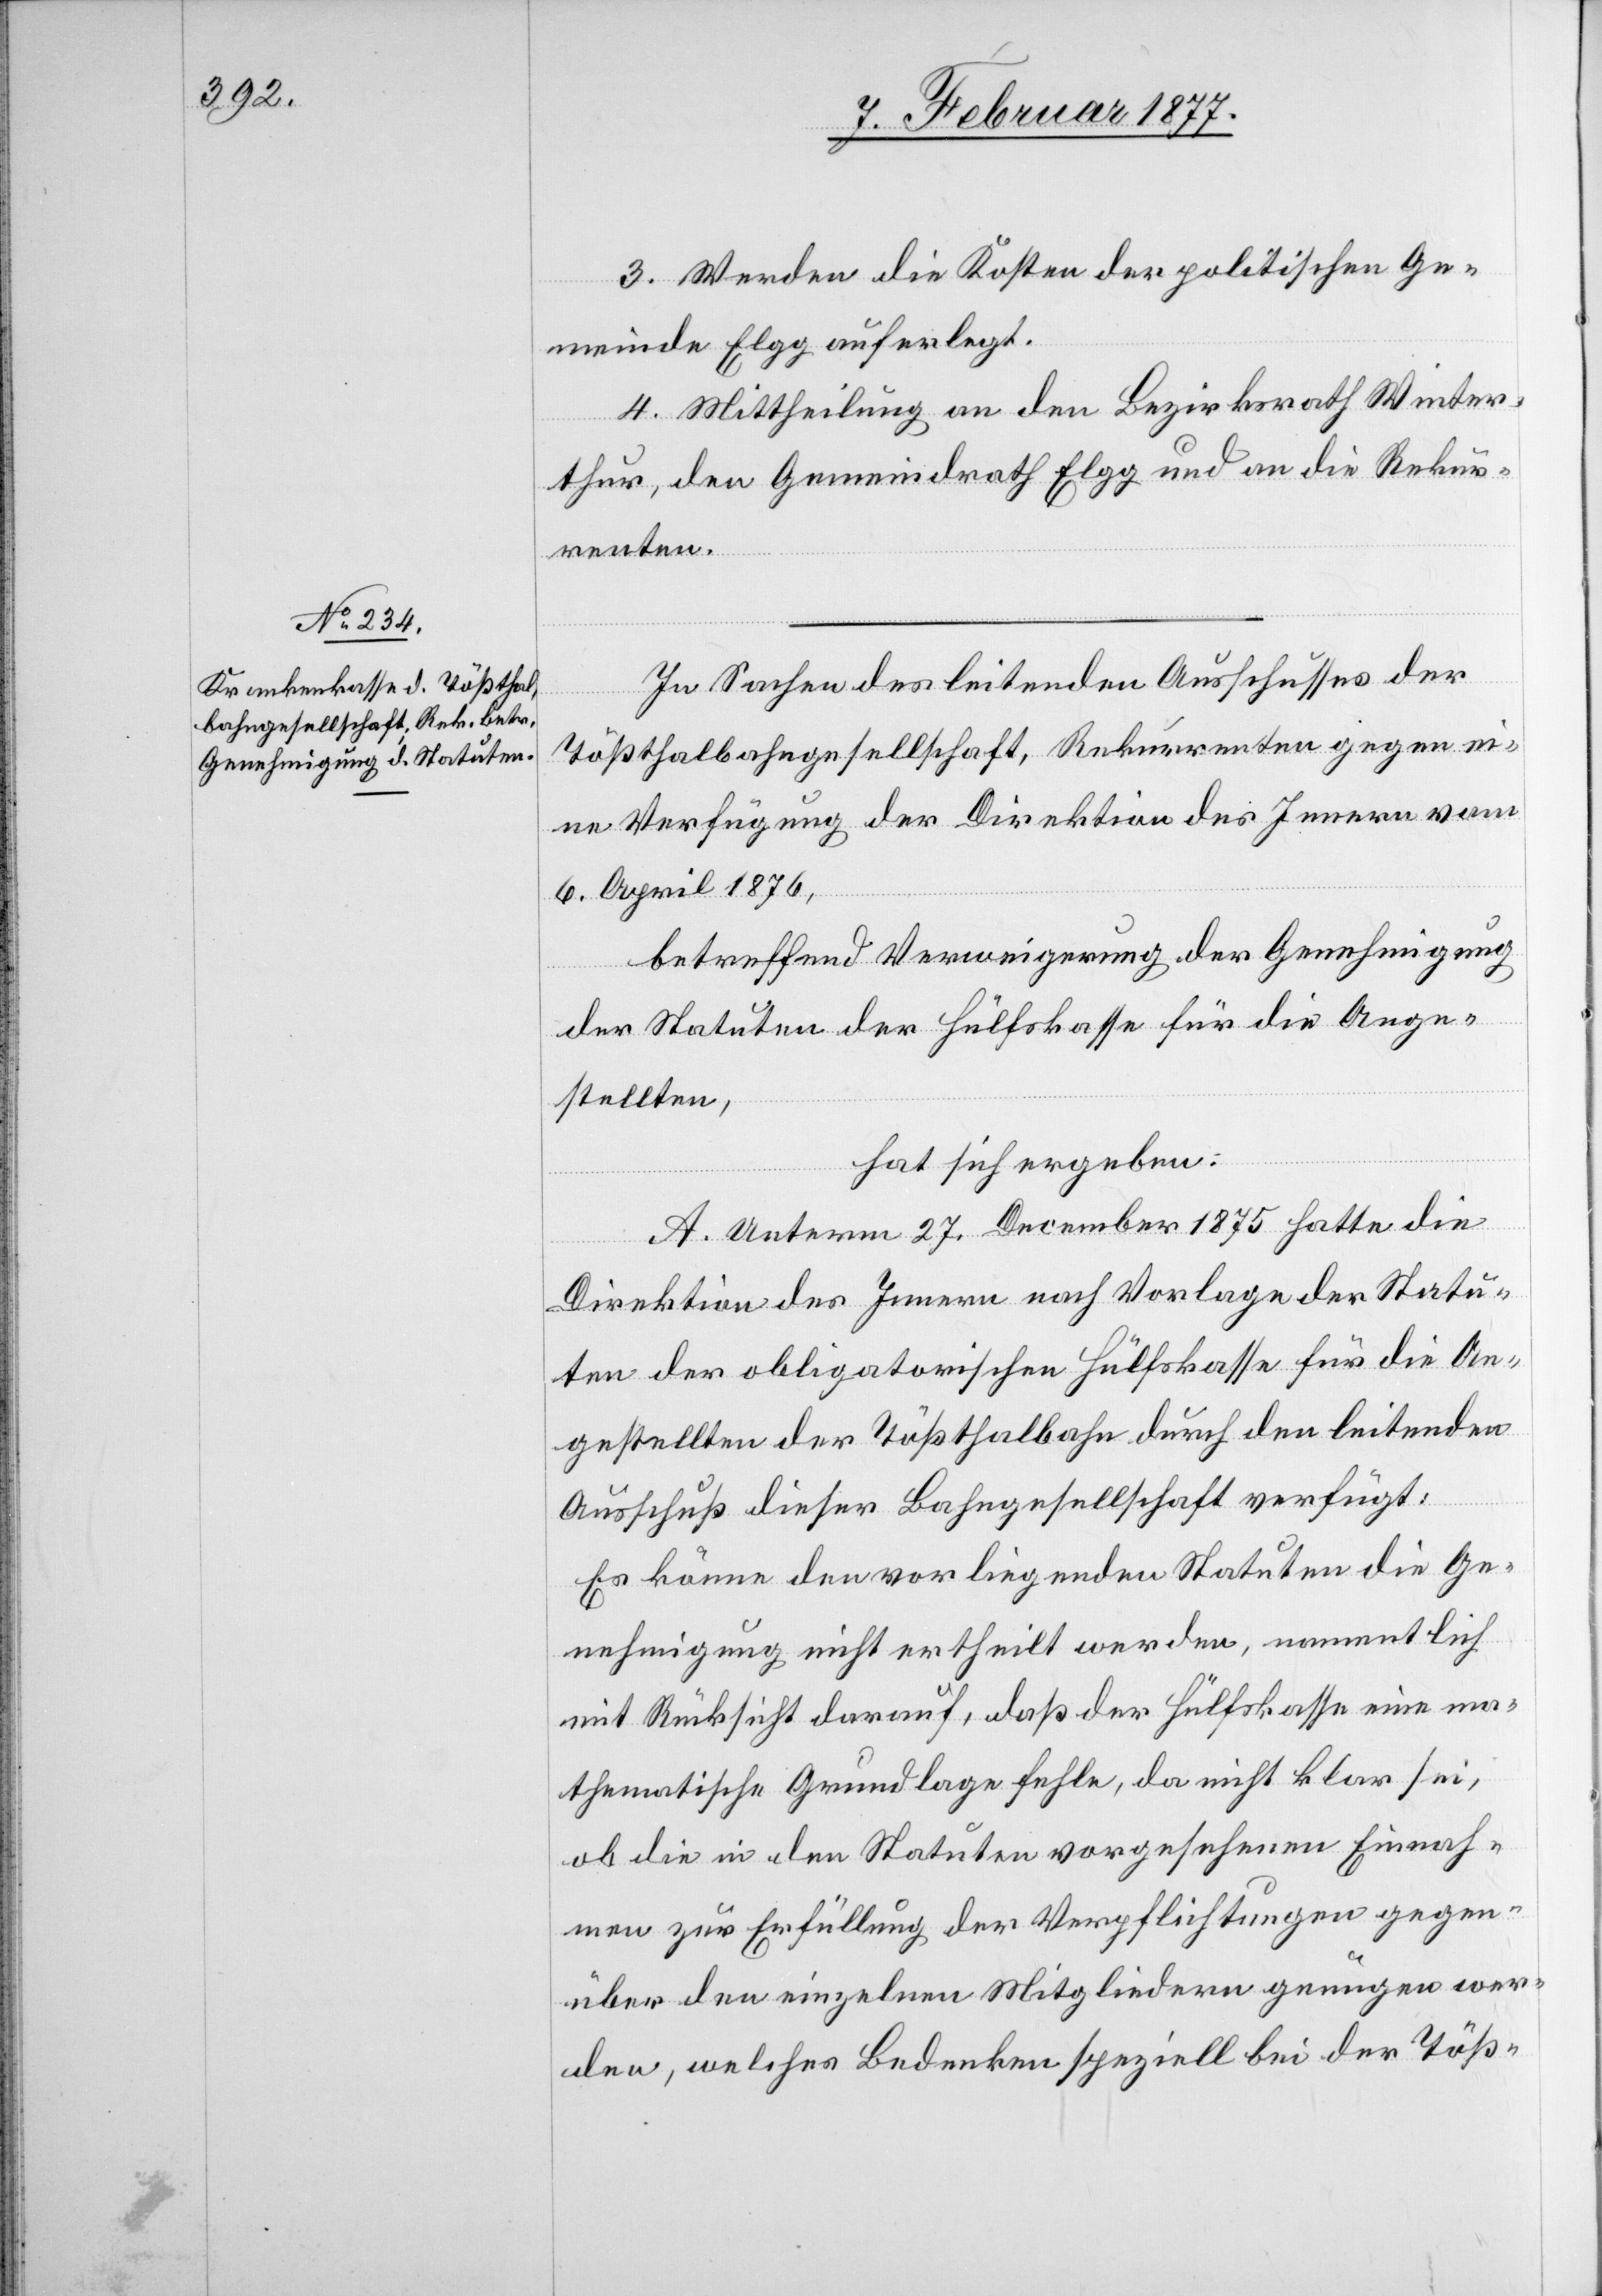
3. Werden die Kosten der politischen Ge¬
meinde Elgg auferlegt.
4. Mittheilung an den Bezirksrath Winter¬
thur, den Gemeindrath Elgg und an die Rekur¬
renten.
In Sachen des leitenden Ausschusses der
Tößthalbahngesellschaft, Rekurrenten gegen ei¬
ne Verfügung der Direktion des Innern vom
6. April 1876,
betreffend Verweigerung der Genehmigung
der Statuten der Hülfskasse für die Ange¬
stellten,
hat sich ergeben:
A. Unterm 27. December 1875 hatte die
Direktion des Innern nach Vorlage der Statu¬
ten der obligatorischen Hülfskasse für die An¬
gestellten der Tößthalbahn durch den leitenden
Ausschuß dieser Bahngesellschaft verfügt:
Es könne den vorliegenden Statuten die Ge¬
nehmigung nicht ertheilt werden, namentlich
mit Rücksicht darauf, daß der Hülfskasse eine ma¬
thematische Grundlage fehle, da nicht klar sei,
ob die in den Statuten vorgesehenen Einnah¬
men zur Erfüllung der Verpflichtungen gegen¬
über den einzelnen Mitgliedern genügen wer¬
den, welches Bedenken speziell bei der Töß-